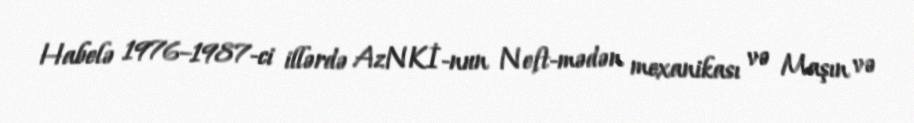
Habelə 1976–1987-ci illərdə AzNKİ-nun Neft-mədən mexanikası və Maşın və